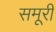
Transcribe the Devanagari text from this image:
समूरी